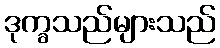
ဒုက္ခသည်များသည်